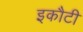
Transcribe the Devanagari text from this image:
इकौटी